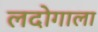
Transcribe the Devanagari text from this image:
लदोगाला